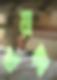
জড়ালে